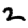
Digit: 2